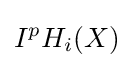
I^{p}H_{i}(X)